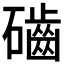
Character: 𥗊